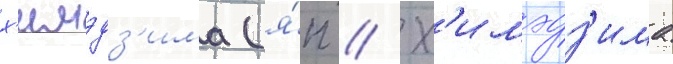
х'имэдз'има (я́п // Х'имэдз'има